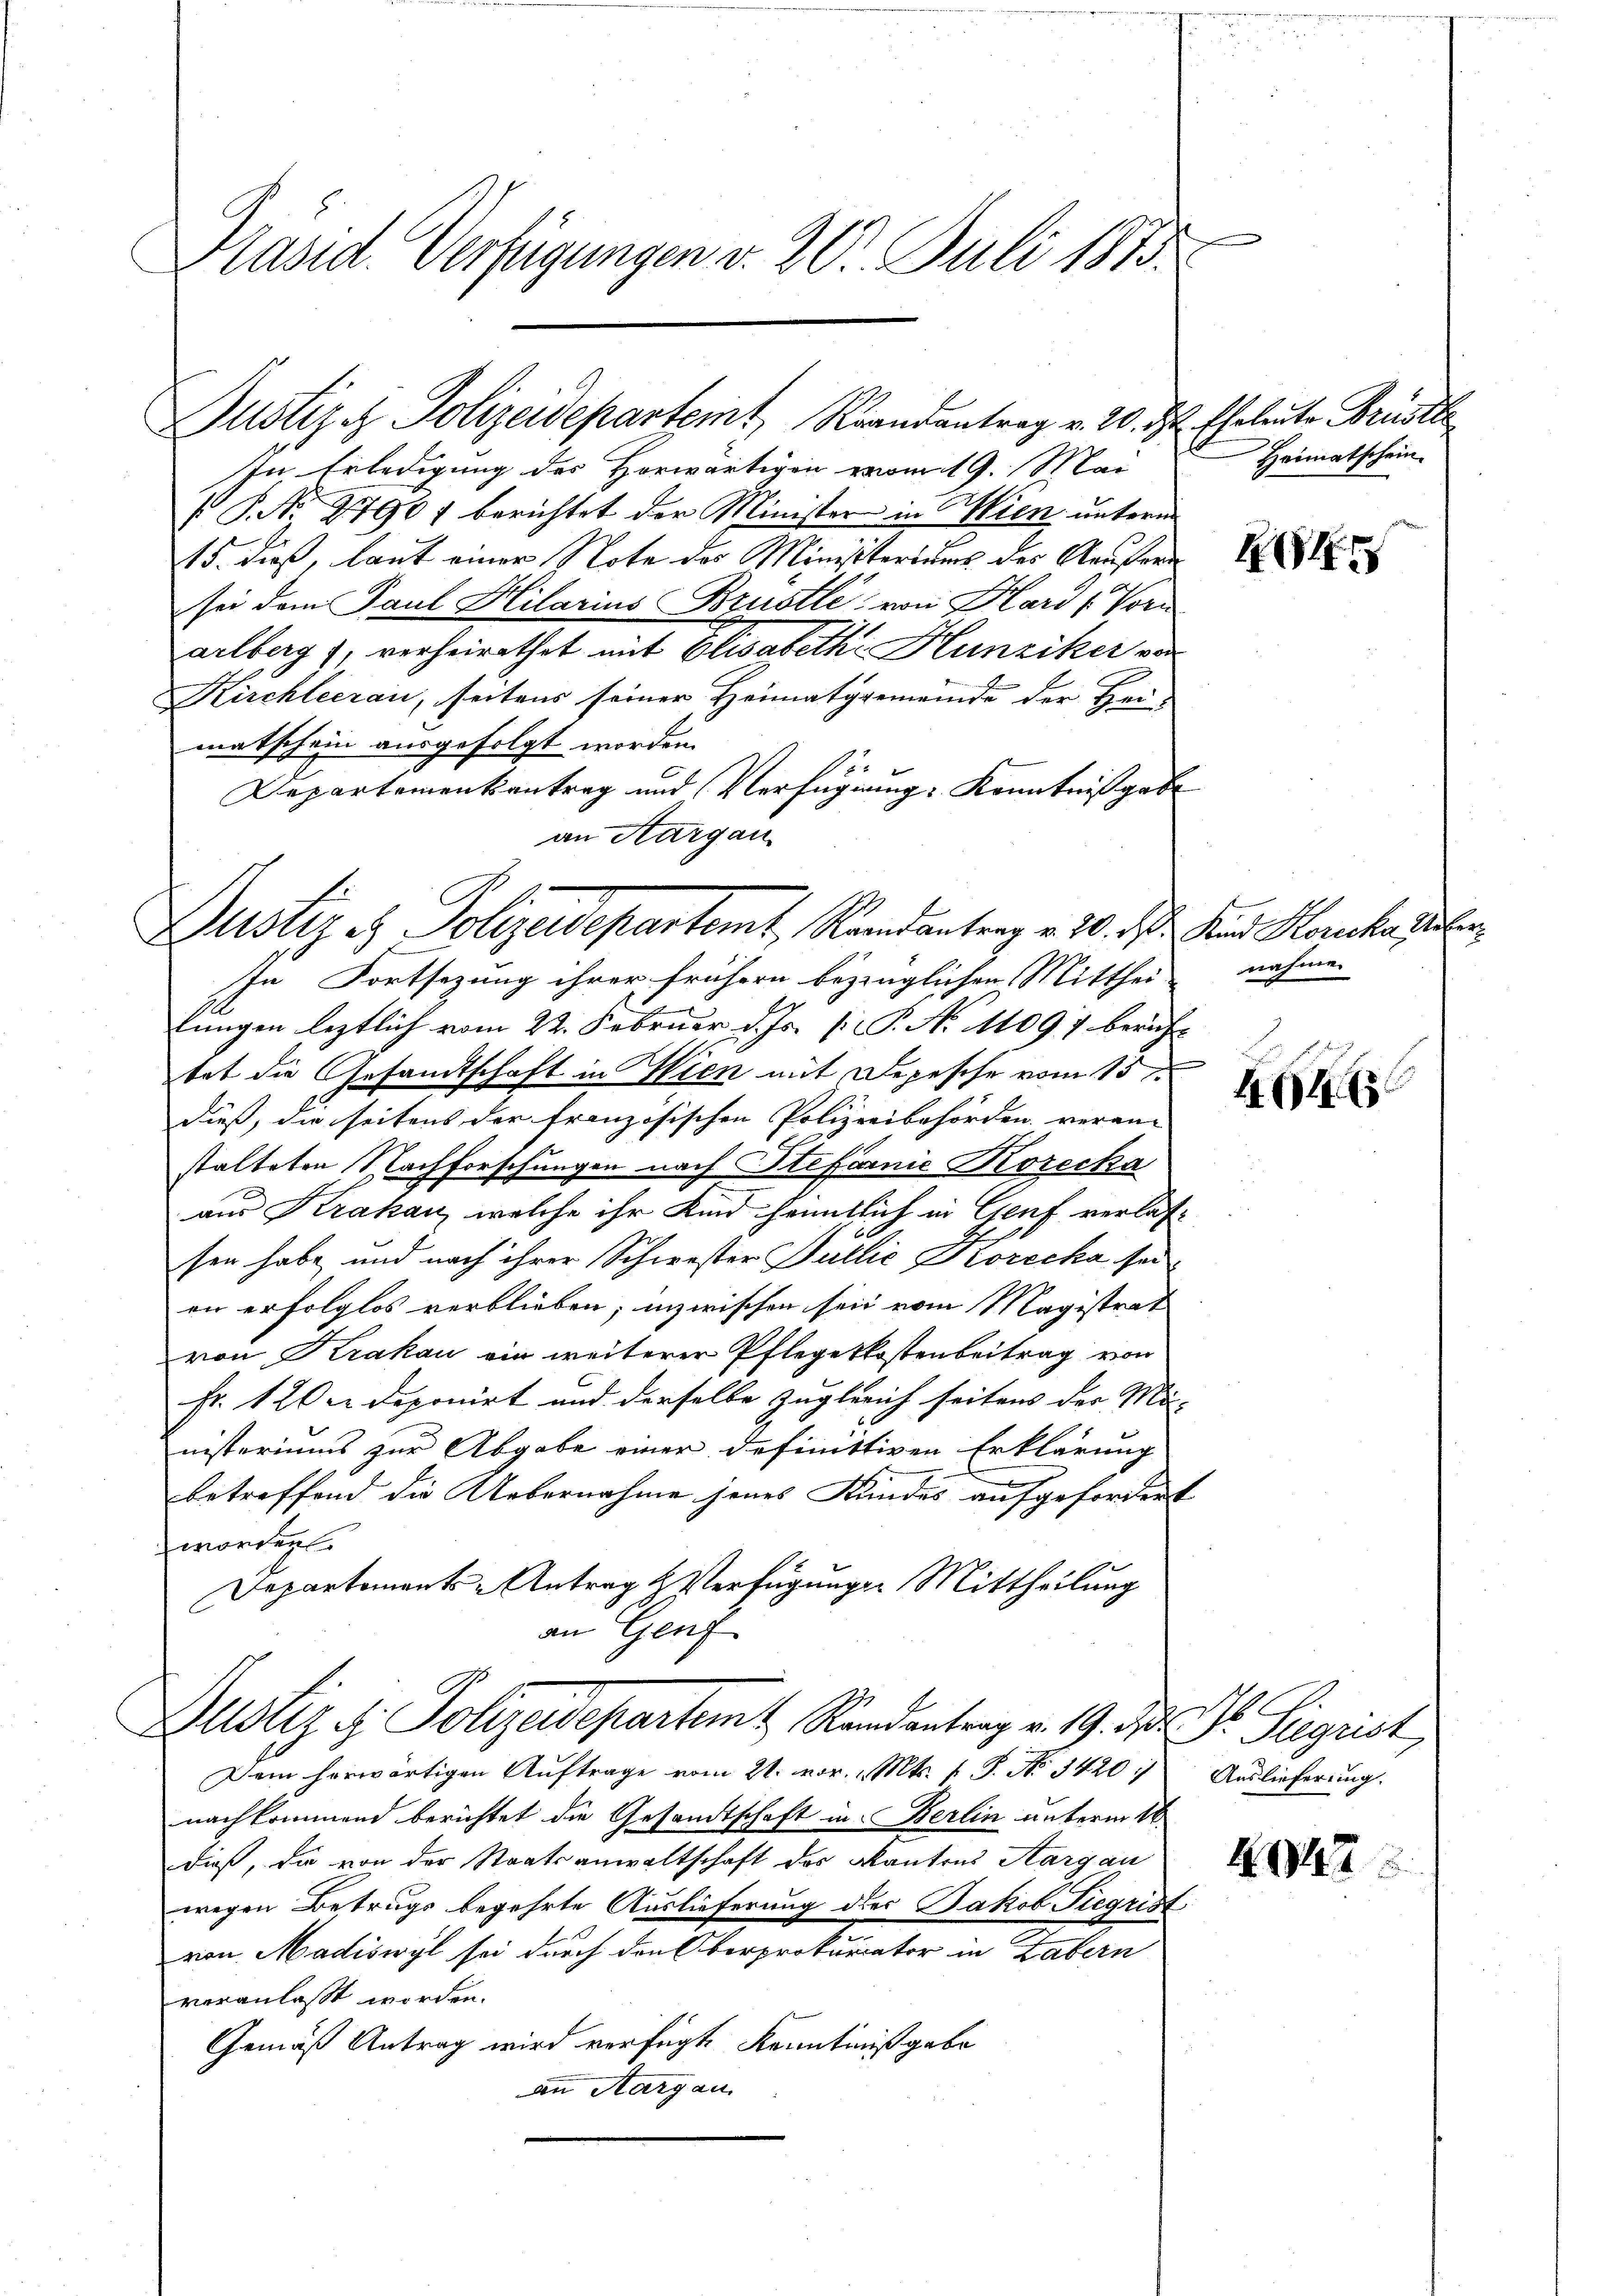
Präsid. Verfügungen v. 20. Juli 1873.

In Erledigung des Horwärtigen vom 19. Mai
 P. Nr. 2790 f berichtet der Minister in Wien untern
15. dieß, laut einer Note des Ministeriums des Aeußer
sei dem Paul Hilarius Brustli, von Hard (Vorn
arlberg), verheirathet mit Elisabethe Hunziker von
Kirchleerau, seitens seiner Heimatgemeinde der Heimatschein ausgefolgt worden.
Departementsantrag und Verfügung Kenntnißgab
an Aargau
In Fortsezung ihrer frühern bezüglichen Mitthei-
lungen leztlich vom 22. Februar d. Js. [ P. No 11097 berin
tat die Gesandtschaft in Wien mit Depesche vom 15.
dieß, die seitens der französischen Polizeibehörden veranstalteten Nachforschungen nach Stefornie Korecka
aus Krakan, welche ihr Kind hemmtlich in Genf verlasen habe und nach ihrer Schwester Bullić Korecka sei
eir erfolglos verblieben; inzwischen sein vom Magistrat
von Krakau ein weiterer Pflegetkostenbeitrag von
Fr. 120. Deponirt und derselbe zuglerich seitens der Me-
nisteriums zur Abgabe einer definitiven Erklärung
betreffend die Uebernahme jenes Kundes aufgeforder
worden.
Departements-Antrag & Verfügungen Mittheilung
an Genf
Dusugy Polizeidepartem Randantrag v. 19. d. Dr. Siegrist,
Dem horwärtigen Auftrage vom 21. vor. Mts. f. P. Nr. 3420/
nachkommend berichtet die Gesandtschaft in Berlin unterm 16.
daß, da von der Staatsanwaltschaft des Kantons Aargau
wegen Betrugs begehrte Auslieferung des Jakob Siegris
von Madiswyl sei durch den Oberprokurator in Zabern
veranlasst worden.
Gemäß Antrag wird verfügt, Kenntnißgabe
an Aargau.

Justiz & Polizeidepartemt Randantrag v. 20. d.

Justiz & Polizeidepartamt, Randantrag v. 10. d.

Eheleute Brustte
Heimatschein.

af
t

24

Kind Korecke Unternahme.
t

464

Auslieferung.

412